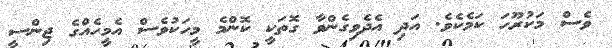
ވެސް މަކުރޫހަ ކަމެކެވެ. އަދި އެދެވިގެންވާ ގޮތަކީ ކޮންމެ މީހަކުވެސް އެމީހެއްގެ ޖިންސީ